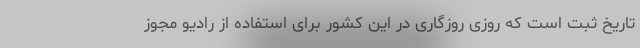
تاریخ ثبت است که روزی روزگاری در این کشور برای استفاده از رادیو مجوز